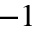
^ { - 1 }